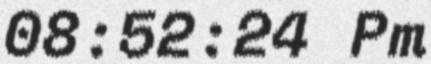
08:52:24 Pm